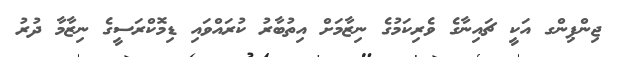
ޖިންޕިންގ އަކީ ޗައިނާގެ ވެރިކަމުގެ ނިޒާމަށް އިތުބާރު ކުރައްވައި ޑިމޮކްރަސީގެ ނިޒާމާ ދުރު